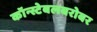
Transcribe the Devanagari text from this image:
कॉन्स्टेबलबरोबर